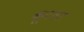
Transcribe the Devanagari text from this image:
कूटला